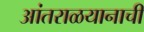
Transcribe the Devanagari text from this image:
आंतराळयानाची